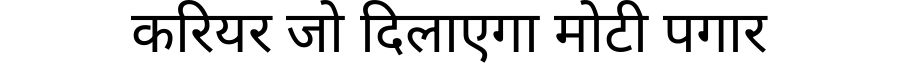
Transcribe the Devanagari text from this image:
करियर जो दिलाएगा मोटी पगार